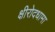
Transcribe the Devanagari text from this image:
क्षीरोदधामा